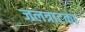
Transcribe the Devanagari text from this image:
जलत्राटका